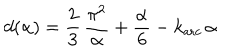
LaTeX: d ( \alpha ) = \frac { 2 } { 3 } \, \frac { \pi ^ { 2 } } { \alpha } + \frac { \alpha } { 6 } - k _ { \mathrm { a r c } } \, \alpha